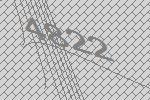
4822